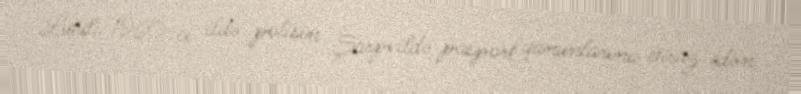
Lutuli 1960-cı ildə polisin Şarpvildə pasport qanunlarına etiraz edən